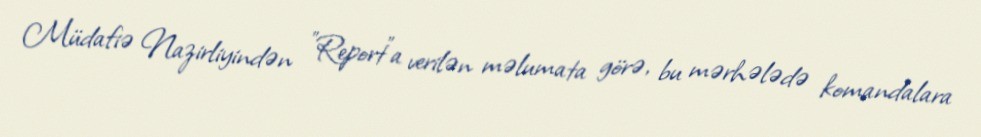
Müdafiə Nazirliyindən "Report"a verilən məlumata görə, bu mərhələdə komandalara